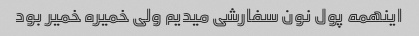
اینهمه پول نون سفارشی میدیم ولی خمیره خمیر بود